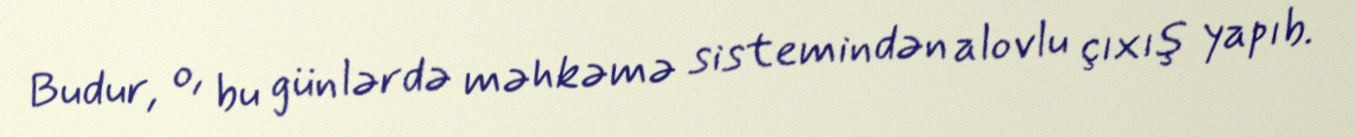
Budur, o, bu günlərdə məhkəmə sistemindən alovlu çıxış yapıb.